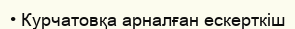
• Курчатовқа арналған ескерткіш